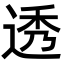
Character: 透